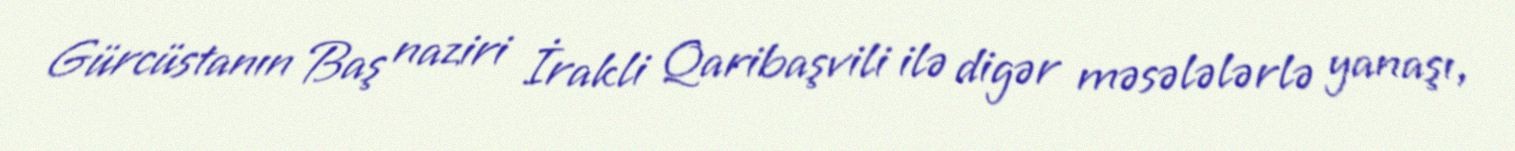
Gürcüstanın Baş naziri İrakli Qaribaşvili ilə digər məsələlərlə yanaşı,